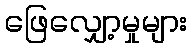
ဖြေလျှော့မှုများ